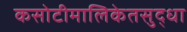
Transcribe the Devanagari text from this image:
कसोटीमालिकेतसुद्धा